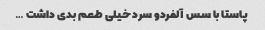
پاستا با سس آلفردو سرد خیلی طعم بدی داشت …